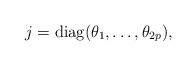
LaTeX: \begin{align*}j={\rm diag}(\theta_1,\ldots,\theta_{2p}),\end{align*}